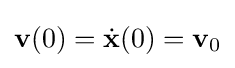
\mathbf {v} (0)={\dot {\mathbf {x} }}(0)=\mathbf {v} _{0}